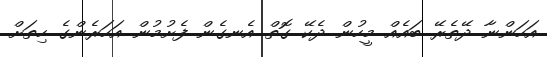
އަހަންނާ ދޭތެރޭ ބައެއް މީހުން ދެކޭ ގޮތް އެނގެން ފެށުމުން އަހަރެންގެ ހިތަށް